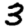
Digit: 3